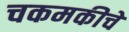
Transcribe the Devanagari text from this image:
चकमकीचे